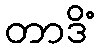
တာဒိံ